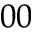
_ { 0 0 }